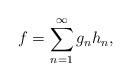
LaTeX: \begin{align*}f=\sum_{n=1}^{\infty} g_nh_n,\end{align*}